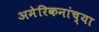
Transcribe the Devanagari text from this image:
अमेरिकनांच्या